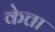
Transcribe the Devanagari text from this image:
केत्ता